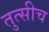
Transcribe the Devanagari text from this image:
तुत्‍सीच